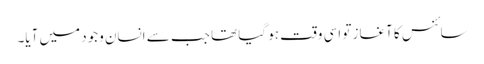
سائنس کا آغاز تو اسی وقت ہو گیا تھا جب سے انسان وجود میں آیا۔